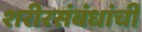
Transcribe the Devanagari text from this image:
शरीरसंबंधांची